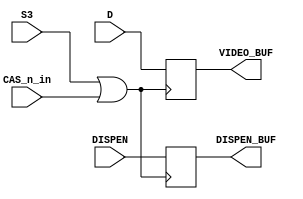
// ===============================================================================
//
//  Amstrad CPC Gate Array for Xilinx X95288XL
//
//  Copyright (C) 2021 Darren Johnstone <darren@darrenjohnstone.scot>
//
//  This program is free software; you can redistribute it and/or modify it
//  under the terms of the GNU General Public License as published by the Free
//  Software Foundation; either version 2 of the License, or (at your option)
//  any later version.
//
//  This program is distributed in the hope that it will be useful, but WITHOUT
//  ANY WARRANTY; without even the implied warranty of MERCHANTABILITY or
//  FITNESS FOR A PARTICULAR PURPOSE.  See the GNU General Public License for
//  more details.
//
//  You should have received a copy of the GNU General Public License along
//  with this program; if not, write to the Free Software Foundation, Inc.,
//  51 Franklin Street, Fifth Floor, Boston, MA 02110-1301 USA.
//
//  Acknowledgements:
//
//  Based on 40010-simplified_V03.pdf by Gerald 
//  (https://www.cpcwiki.eu/forum/amstrad-cpc-hardware/gate-array-decapped!) 
//  
//  Partially based on the Amstrad MiSTer core by Gyorgy Szombathelyi
//  https://github.com/MiSTer-devel/Amstrad_MiSTer/tree/master/rtl/GA40010
// ===============================================================================
module VideoBuffer(input DISPEN,
                   input S3,
                   input CAS_n_in,
                   input[7 : 0] D,
                   output reg[7 : 0] VIDEO_BUF,
                   output reg DISPEN_BUF);
  wire clk = S3 | CAS_n_in;
  always
    @(posedge clk)
      begin
        DISPEN_BUF <= DISPEN;
        VIDEO_BUF <= D;
      end
endmodule